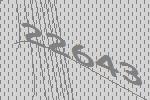
22643